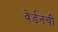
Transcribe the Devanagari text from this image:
वेर्डनची